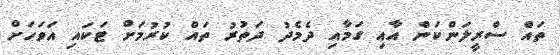
ތައް ސްރީލަންކަން އާއި ގަމާއި ދެމެދު ދަތުރު ތައް ކުރުމަށް ޓަކައި އަވަހަށް